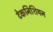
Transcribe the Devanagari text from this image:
टेकनिशियन